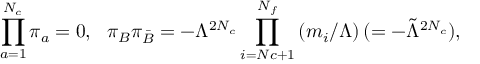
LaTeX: \prod _ { a = 1 } ^ { N _ { c } } \pi _ { a } = 0 , \ \ \pi _ { B } \pi _ { \bar { B } } = - \Lambda ^ { 2 N _ { c } } \prod _ { i = N c + 1 } ^ { N _ { f } } \left( m _ { i } / \Lambda \right) ( = - { \tilde { \Lambda } } ^ { 2 N _ { c } } ) ,